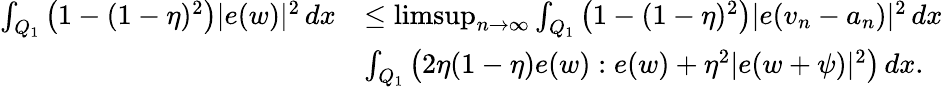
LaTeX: \begin{array}{rl}{\int_{Q_{1}}\left(1-(1-\eta)^{2}\right)|e(w)|^{2}\, dx}&{\leq\operatorname*{limsup}_{n\to\infty}\int_{Q_{1}}\left(1-(1-\eta)^{2}\right)|e(v_{n}-a_{n})|^{2}\, dx}\\ &{\le\int_{Q_{1}}\left(2\eta(1-\eta)e(w):e(w)+\eta^{2}|e(w+\psi)|^{2}\right)\, dx.}\end{array}